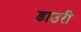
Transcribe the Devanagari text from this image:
डाउरी